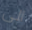
الى